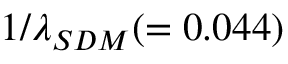
1 / \lambda _ { S D M } ( = 0 . 0 4 4 )